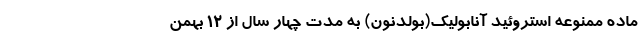
ماده ممنوعه استروئید آنابولیک(بولدنون) به مدت چهار سال از ۱۲ بهمن